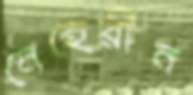
নেহেরীন